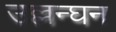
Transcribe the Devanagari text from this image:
उल्लन्घन